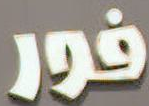
فور